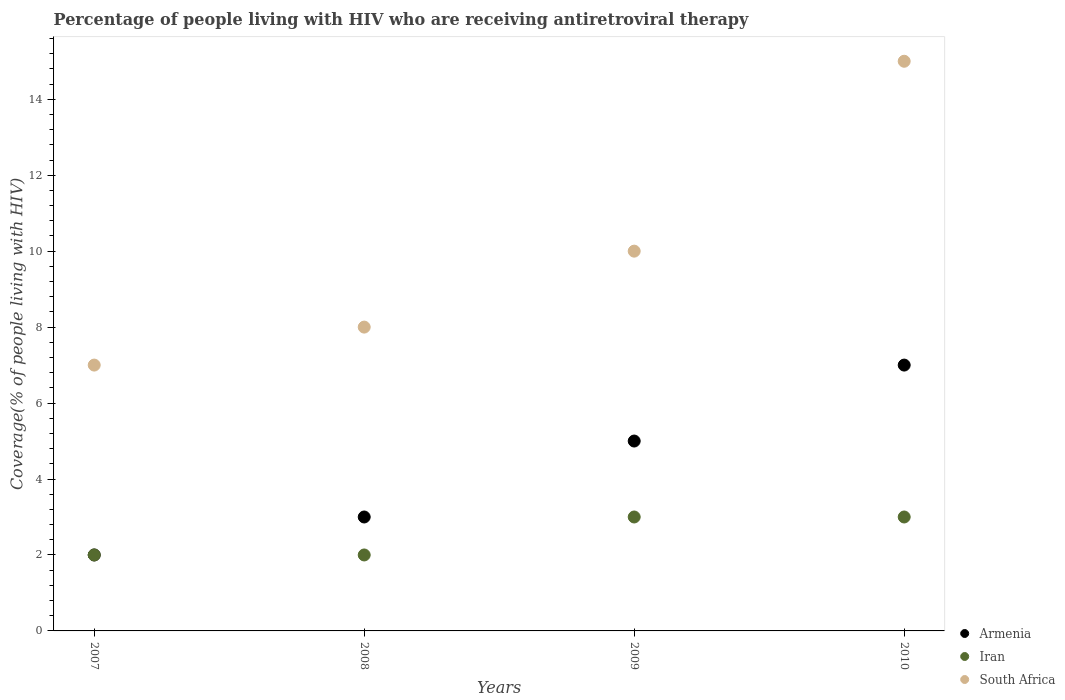
| Years | Armenia | Iran | South Africa |
 | --- | --- | --- | --- |
 | 2007 | 2 | 2 | 7 |
 | 2008 | 3 | 2 | 8 |
 | 2009 | 5 | 3 | 10 |
 | 2010 | 7 | 3 | 15 |